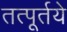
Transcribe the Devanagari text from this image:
तत्पूर्तये